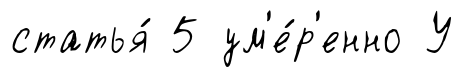
статья́ 5 ум'е́р'енно У